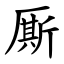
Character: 厮